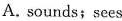
A. sounds;sees